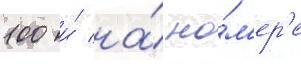
100 и́ на́ но́м'ер'е